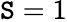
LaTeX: \mathtt{S}=1